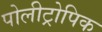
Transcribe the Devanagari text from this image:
पोलीट्रोपिक